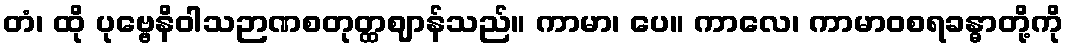
တံ၊ ထို ပုဗ္ဗေနိဝါသဉာဏစတုတ္ထဈာန်သည်။ ကာမာ၊ ပေ။ ကာလေ၊ ကာမာဝစရခန္ဓာတို့ကို